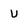
Character: v